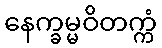
နေက္ခမ္မဝိတက္ကံ